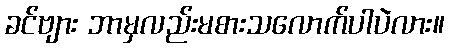
ခင်ဗျား ဘာမှလည်းမစားသလောက်ပါပဲလား။